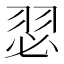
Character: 𮶊